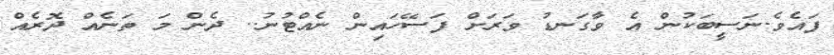
ފައެވެ.ނަސީބަކުން އެ ވާގަނޑު ވަރަށް ފަސޭހައިން ނެއްޓުނު.. ދެން މަ ތަނެއް ދޮރެއް